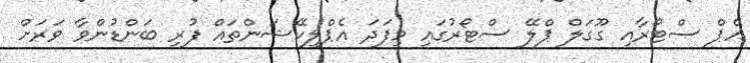
އެޕް ސްޓޯރާއި ގޫގަލް ޕްލޭ ސްޓޯރުގައި މިފަދަ އެޕްލިކޭޝަންތައް ފުރި ބަންޑުންވާ ވަރަށް